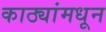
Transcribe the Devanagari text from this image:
काठ्यांमधून